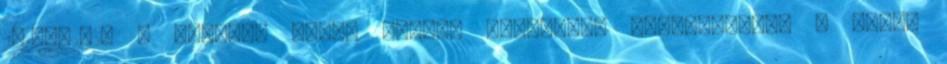
2013-02-26 – Címkék: mobil reklám ásványvíz élményhajsza a világ